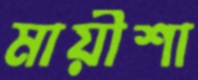
মায়ীশা